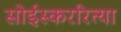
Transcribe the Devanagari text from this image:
सोईस्कररित्या